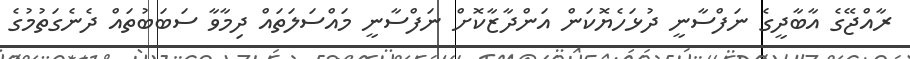
ރާއްޖޭގެ އާބާދީގެ ނަފްސާނީ ދުޅަހެޔޮކަން އަންދާޒާކޮށް ނަފްސާނީ މައްސަލަތައް ދިމާވާ ސަބަބުތައް ދެނެގަތުމުގެ